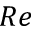
R e